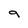
Character: 9